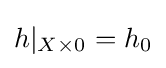
h|_{X\times 0}=h_{0}